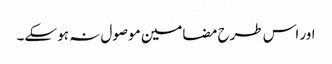
اور اس طرح مضامین موصول نہ ہو سکے۔